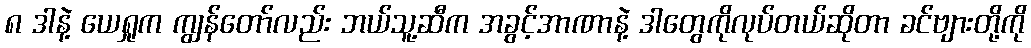
၈ ဒါနဲ့ ယေရှုက ကျွန်တော်လည်း ဘယ်သူ့ဆီက အခွင့်အာဏာနဲ့ ဒါတွေကိုလုပ်တယ်ဆိုတာ ခင်ဗျားတို့ကို